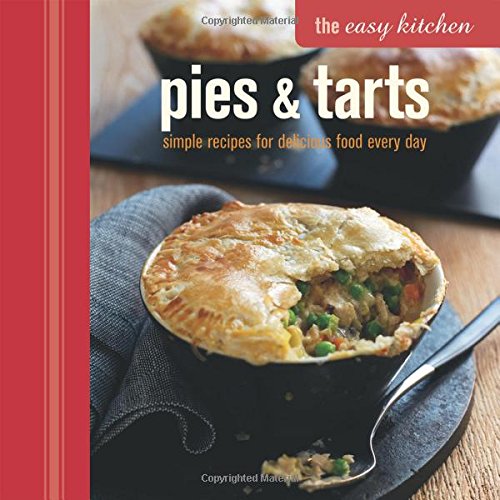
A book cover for Pies & Tarts: simple recipes for delicious food every day (The Easy Kitchen); Jordan Bourke; Cookbooks, Food & Wine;